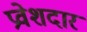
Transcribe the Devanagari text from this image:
प्रवेशदार